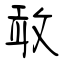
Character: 敢